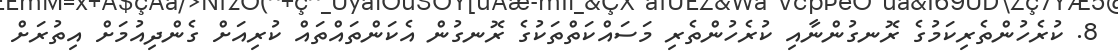
8. ކުރެހުންތެރިކަމުގެ ރޮނގުންނާއި ކުރެހުންތެރި މަސައްކަތްތަކުގެ ރޮނގުން އެކަންތައްތައް ކުރިއަށް ގެންދިއުމަށް އިތުރަށް